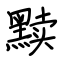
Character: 黩